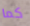
كما